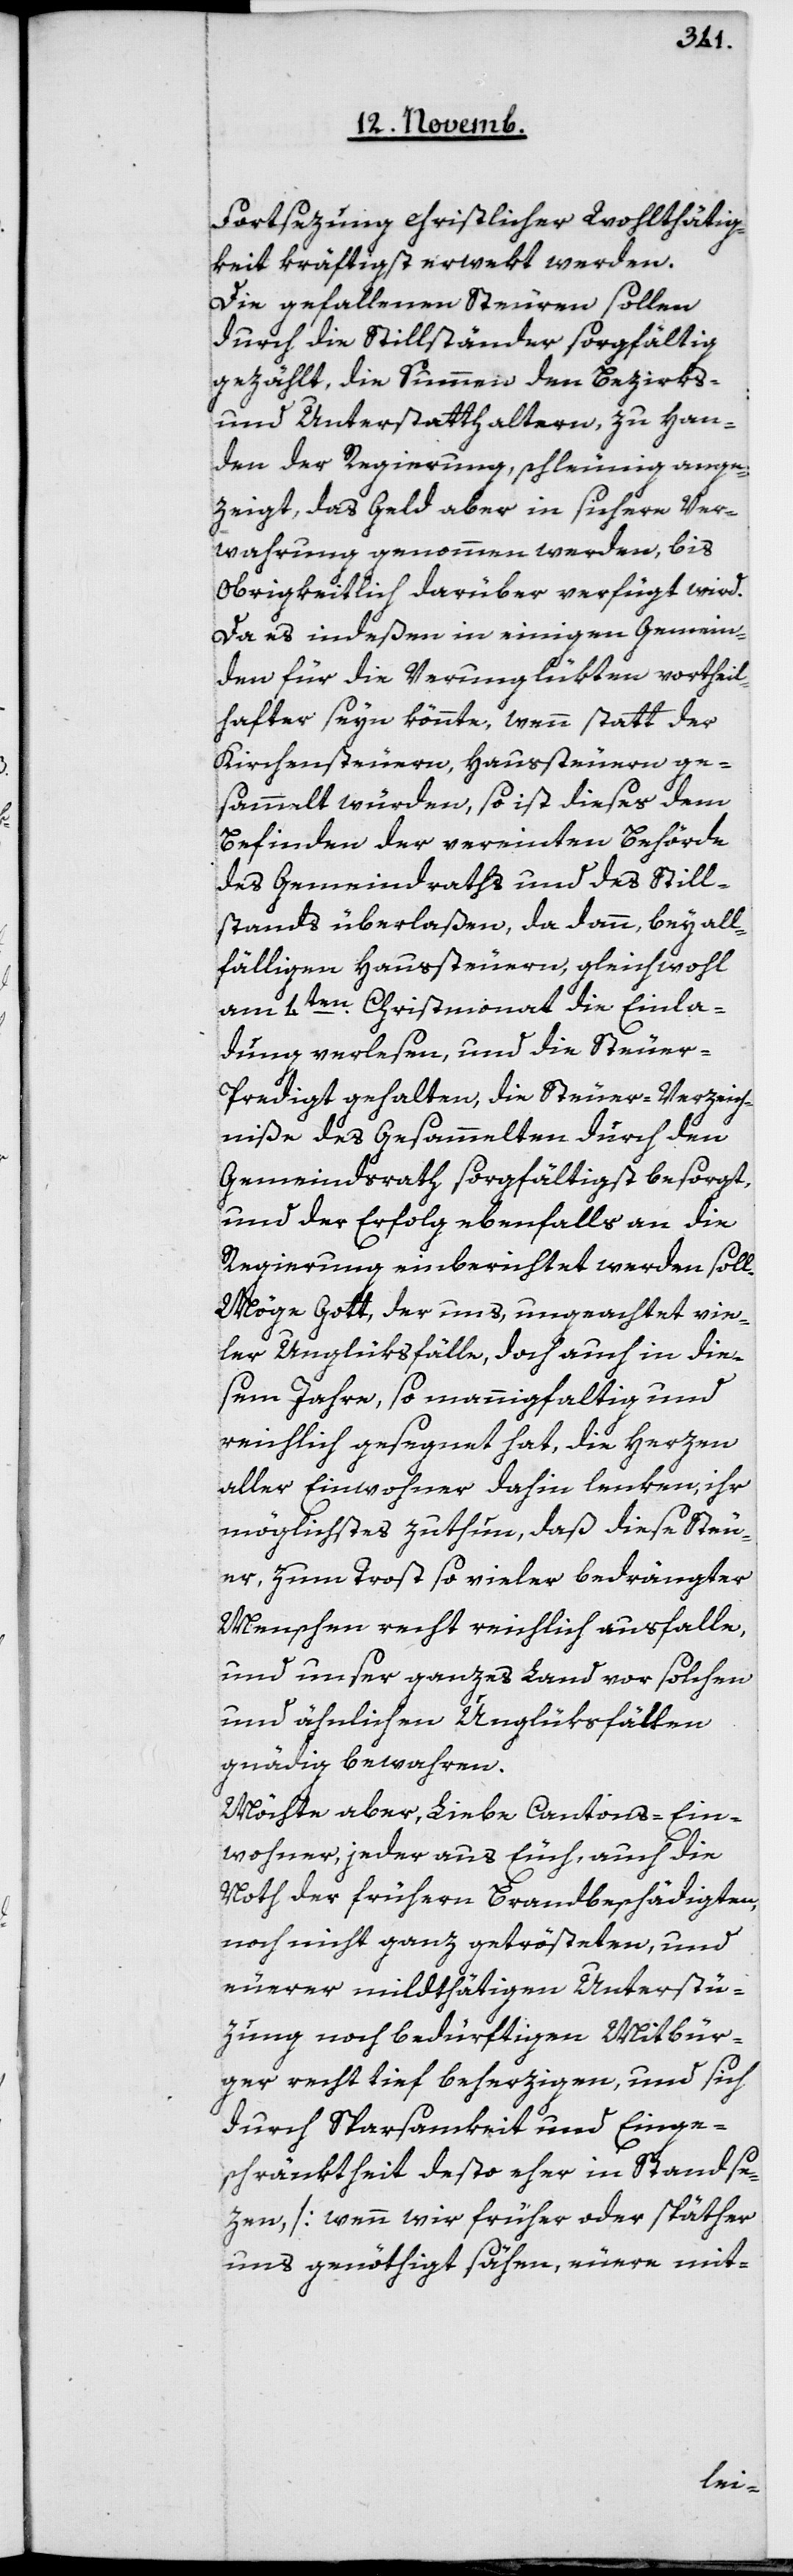
Fortsezung christlicher Wohlthätig¬
keit kräftigst erwekt werden.
Die gefallenen Steuren sollen
durch die Stillständer sorgfältig
gezählt, die Summen den Bezirks-
und Unterstatthaltern, zu Han¬
den der Regierung, schleunig ange¬
zeigt, das Geld aber in sichere Ver¬
wahrung genommen werden, bis
Obrigkeitlich darüber verfügt wird.
Da es indeßen in einigen Gemein¬
den für die Verunglükten vortheil¬
hafter seyn könnte, wenn statt der
Kirchensteuern, Haussteuern ge¬
sammelt würden, so ist dieses dem
Befinden der vereinten Behörde
des Gemeindraths und des Still¬
stands überlaßen, da dann, bey all¬
fälligen Haussteuern, gleichwohl
am 4ten Christmonat die Einla¬
dung verlesen, und die Steuer-P¬
redigt gehalten, die Steuer-Verzeich¬
niße des Gesammelten durch den
Gemeindsrath sorgfältigst besorgt,
und der Erfolg ebenfalls an die
Regierung einberichtet werden soll.
Möge Gott, der uns, ungeachtet vie¬
ler Unglüksfälle, doch auch in die¬
sem Jahre, so mannigfaltig und
reichlich gesegnet hat, die Herzen
aller Einwohner dahin lenken, ihr
möglichstes zu thun, daß diese Steu¬
er, zum Trost so vieler bedrängter
Menschen recht reichlich ausfalle,
und unser ganzes Land vor solchen
und ähnlichen Unglüksfällen
gnädig bewahren.
Möchte aber, liebe Cantons-Ein¬
wohner, jeder aus Euch, auch die
Noth der frühern Brandbeschädigten
noch nicht ganz getrösteten, und
euerer mildthätigen Unterstü¬
zung noch bedürftigen Mitbür¬
ger recht tief beherzigen, und sich
durch Sparsamkeit und Einge¬
schränktheit desto eher in Stand se¬
zen, [wenn wir früher oder späther
uns genöthigt sähen, euere mit-